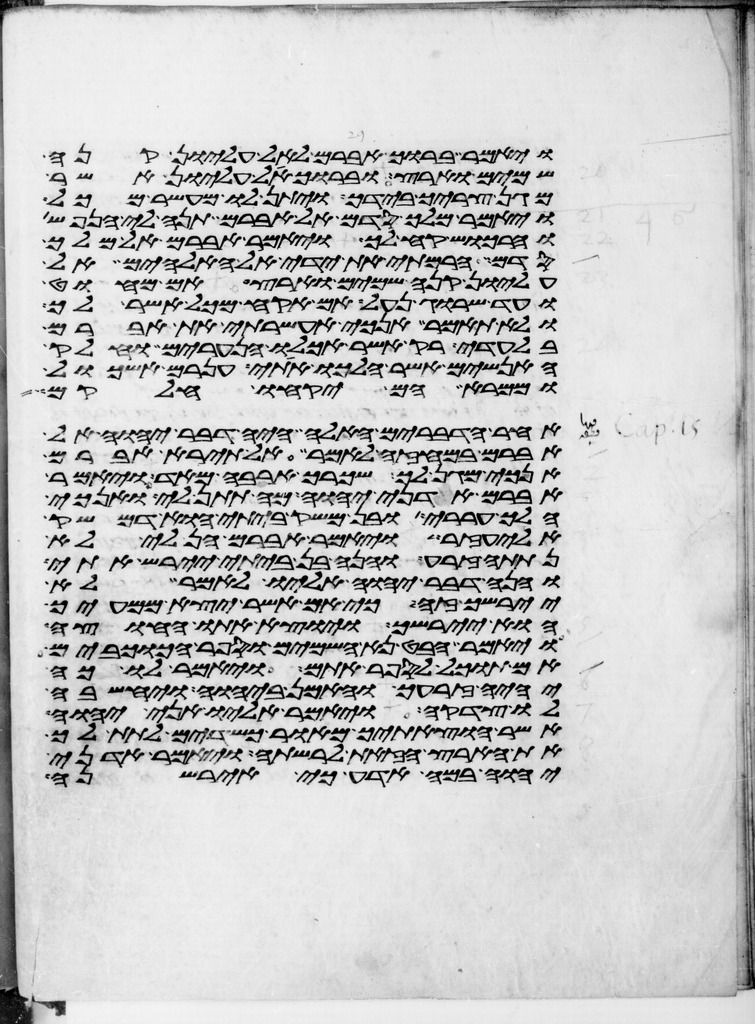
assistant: ויאמר ברוך אברם לאל עליון קנה
שמים וארץ וברוך אל עליון אשר
מגן צריך בידך ויתן לו מעשר מכל
ויאמר מלך סדם אל אברם תנה לי הנפש
והרכוש קח לך ויאמר אברם אל מלך
סדם הרמתי את ידי אל האלהים אל
עליון קנה שמים וארץ אם מחוט
ועד שרוג נעל אם אקח מכל אשר לך
ולא תאמר אנכי אעשרתי את אברם
בלעדי רק אשר אכלו הנערים וחלק
האנשים אשר הלכו אתי ענרם ואשכול
וממרא הם יקחו חלקם
אחר הדברים האלה היה דבר יהוה אל
אברם במחזה לאמר אל תירא אברם
אנכי מגן לך ושכרך ארבה מאד ויאמר
אברם אדני יהוה מה תתן לי ואנכי
הלך עררי ובן משק ביתי הוא דמשק
אליעזר ויאמר אברם הן לי לא
נתתה זרע והנה בן ביתי יירש אתי
והנה דבר יהוה אליו לאמר לא
יירשך זה כי אם אשר יצא ממעיך
הוא יירשך ויוצא אתו החוצה
ויאמר הבט נא השמים וספר הכוכבים
אם תוכל לספר אתם ויאמר לו כה
יהיה זרעך והאמן ביהוה ויחשבה
לו צדקה ויאמר אליו אני יהוה
אשר הוצאתיך מאור כשדים לתת לך
את הארץ הזאת לרשתה ויאמר אדני
יהוה במה אדע כי איירשנה